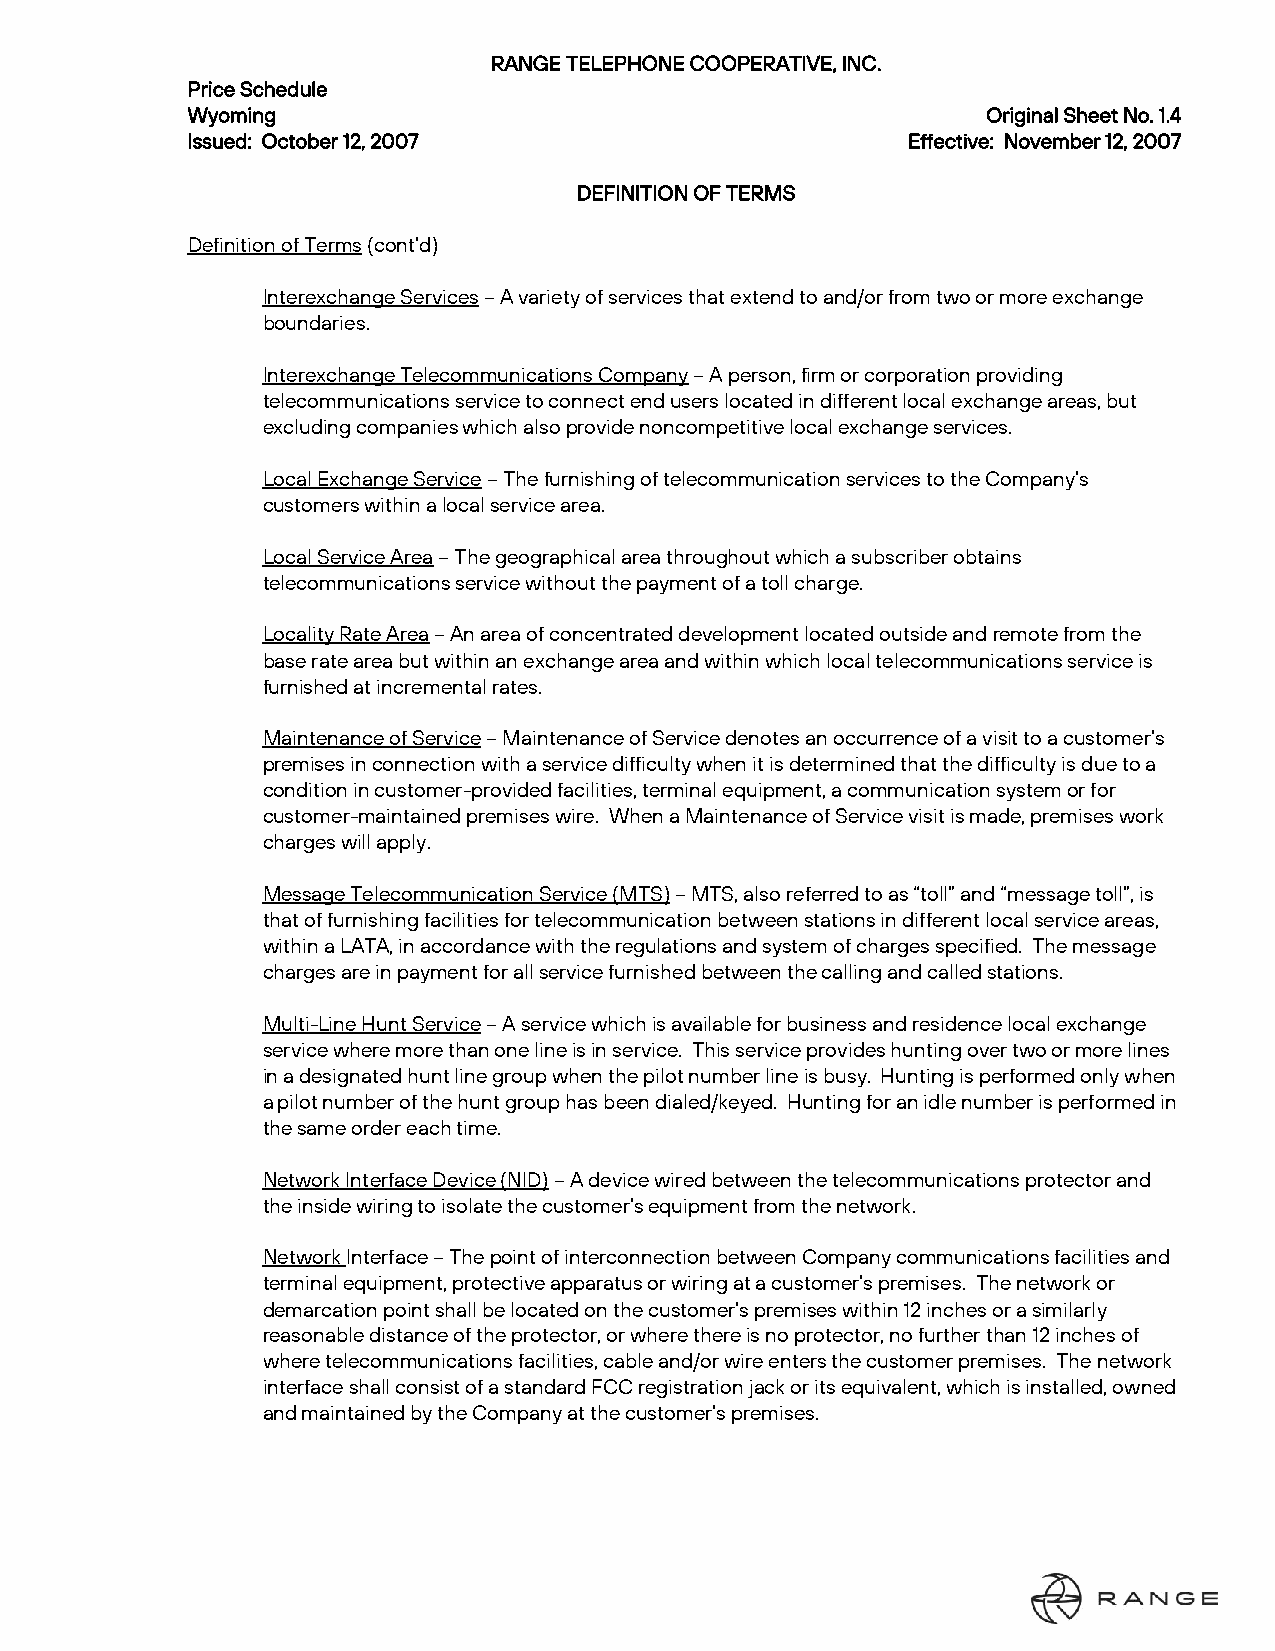
RANGE TELEPHONE COOPERATIVE, INC.
 Price Schedule
 Wyoming                                              Original Sheet No. 1.4
 Issued: October 12, 2007                        Effective: November 12, 2007
 DEFINITION OF TERMS
 Definition of Terms (cont’d)
 Interexchange Services – A variety of services that extend to and/or from two or more exchange
 boundaries.
 Interexchange Telecommunications Company – A person, firm or corporation providing
 telecommunications service to connect end users located in different local exchange areas, but
 excluding companies which also provide noncompetitive local exchange services.
 Local Exchange Service – The furnishing of telecommunication services to the Company’s
 customers within a local service area.
 Local Service Area – The geographical area throughout which a subscriber obtains
 telecommunications service without the payment of a toll charge.
 Locality Rate Area – An area of concentrated development located outside and remote from the
 base rate area but within an exchange area and within which local telecommunications service is
 furnished at incremental rates.
 Maintenance of Service – Maintenance of Service denotes an occurrence of a visit to a customer’s
 premises in connection with a service difficulty when it is determined that the difficulty is due to a
 condition in customer-provided facilities, terminal equipment, a communication system or for
 customer-maintained premises wire. When a Maintenance of Service visit is made, premises work
 charges will apply.
 Message Telecommunication Service (MTS) – MTS, also referred to as “toll” and “message toll”, is
 that of furnishing facilities for telecommunication between stations in different local service areas,
 within a LATA, in accordance with the regulations and system of charges specified. The message
 charges are in payment for all service furnished between the calling and called stations.
 Multi-Line Hunt Service – A service which is available for business and residence local exchange
 service where more than one line is in service. This service provides hunting over two or more lines
 in a designated hunt line group when the pilot number line is busy. Hunting is performed only when
 a pilot number of the hunt group has been dialed/keyed. Hunting for an idle number is performed in
 the same order each time.
 Network Interface Device (NID) – A device wired between the telecommunications protector and
 the inside wiring to isolate the customer’s equipment from the network.
 Network Interface – The point of interconnection between Company communications facilities and
 terminal equipment, protective apparatus or wiring at a customer’s premises. The network or
 demarcation point shall be located on the customer’s premises within 12 inches or a similarly
 reasonable distance of the protector, or where there is no protector, no further than 12 inches of
 where telecommunications facilities, cable and/or wire enters the customer premises. The network
 interface shall consist of a standard FCC registration jack or its equivalent, which is installed, owned
 and maintained by the Company at the customer’s premises.